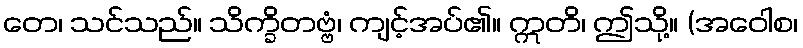
တေ၊ သင်သည်။ သိက္ခိတဗ္ဗံ၊ ကျင့်အပ်၏။ ဣတိ၊ ဤသို့။ (အဝေါစ၊